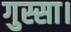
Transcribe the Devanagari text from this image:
गुस्सा।